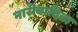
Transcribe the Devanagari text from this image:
नारीवादिता